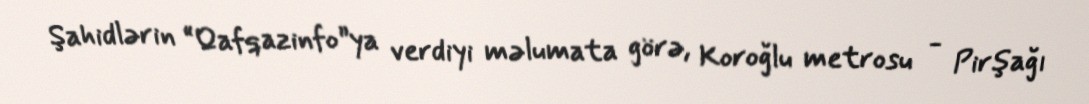
Şahidlərin “Qafqazinfo”ya verdiyi məlumata görə, Koroğlu metrosu - Pirşağı